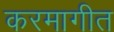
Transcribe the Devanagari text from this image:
करमागीत